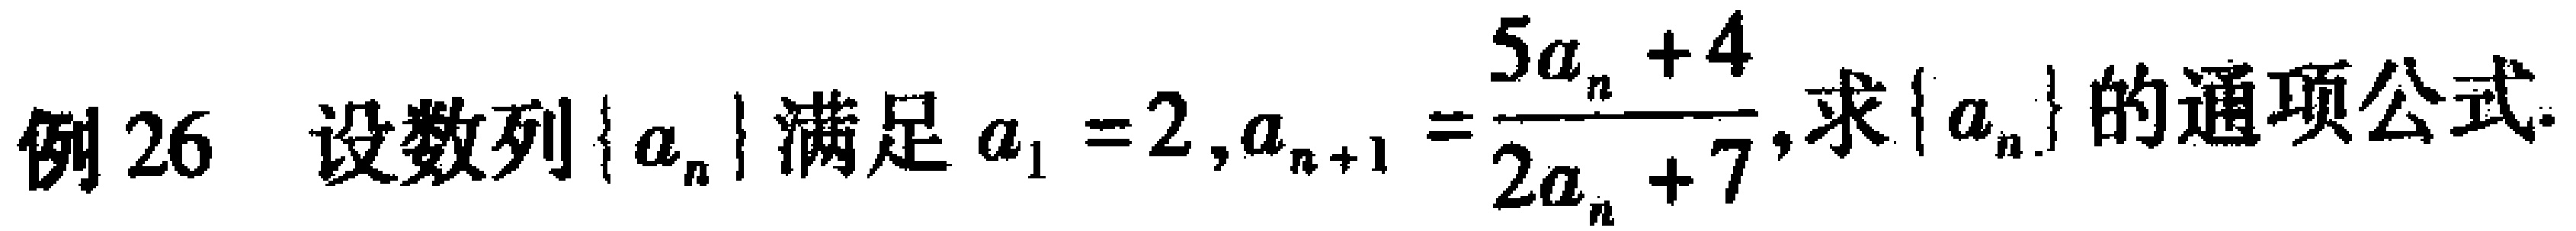
例 26 设数列\(\{ a_{n}\}\)满足\(a_{1}=2,a_{n + 1}=\frac{5a_{n}+4}{2a_{n}+7}\),求\(\{ a_{n}\}\)的通项公式.